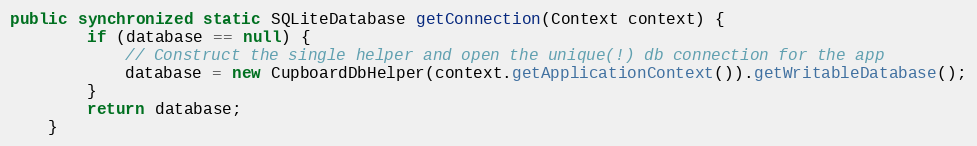
Language: Java
public synchronized static SQLiteDatabase getConnection(Context context) {
		if (database == null) {
			// Construct the single helper and open the unique(!) db connection for the app
			database = new CupboardDbHelper(context.getApplicationContext()).getWritableDatabase();
		}
		return database;
	}